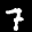
Label: 7